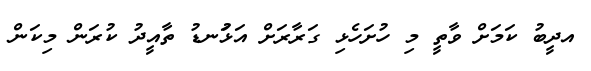
އދީބު ކަމަށް ވާތީ މި ހުށަހެޅި ގަރާރަށް އަޅުަނޑު ތާއީދު ކުރަން މިކަން